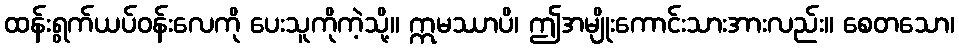
ထန်းရွက်ယပ်ဝန်းလေကို ပေးသူကိုကဲ့သို့။ ဣမဿာပိ၊ ဤအမျိုးကောင်းသားအားလည်း။ စေတသော၊